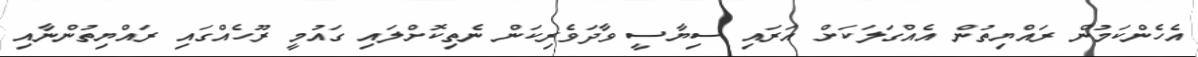
އެހެންކަމުން ރައްޔިތުން އެއްގަލަކަށް އަރައި ސިޔާސީ ވާދަވެރިކަން ނެތިކޮށްލައި ގައުމީ ރޫހެއްގައި ރައްޔިތުންނާއި